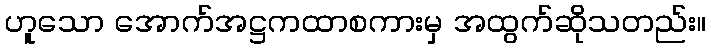
ဟူသော အောက်အဋ္ဌကထာစကားမှ အထွက်ဆိုသတည်း။